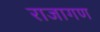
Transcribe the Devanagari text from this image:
राजागण